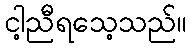
ငါ့ညီရသေ့သည်။